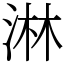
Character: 淋